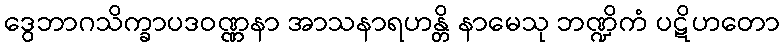
ဒွေဘာဂသိက္ခာပဒဝဏ္ဏနာ အာသနာရဟန္တိ နာမေသု ဘဏ္ဍိကံ ပဋိဟတော